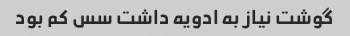
گوشت نیاز به ادویه داشت سس کم بود